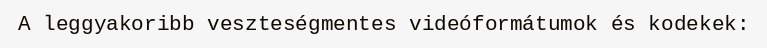
A leggyakoribb veszteségmentes videóformátumok és kodekek: